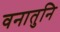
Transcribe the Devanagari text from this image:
वनातुनि